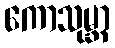
ကောသုမ္ဘာ